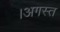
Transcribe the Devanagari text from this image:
।अगस्त